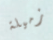
زميلة